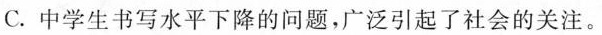
C.中学生书写水平下降的问题，广泛引起了社会的关注。